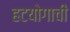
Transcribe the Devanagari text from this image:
हटयोगाची